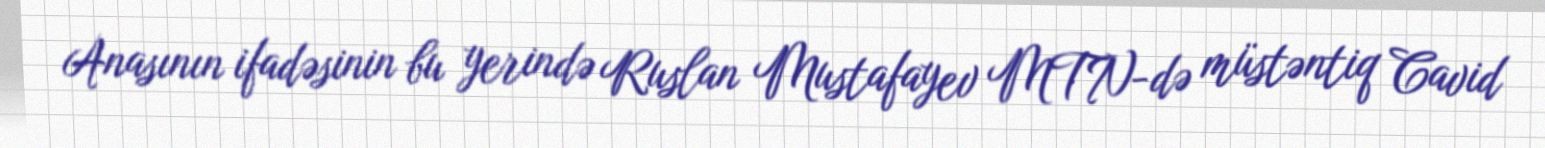
Anasının ifadəsinin bu yerində Ruslan Mustafayev MTN-də müstəntiq Cavid